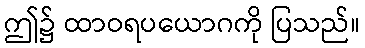
ဤ၌ ထာဝရပယောဂကို ပြသည်။